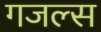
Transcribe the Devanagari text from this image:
गजल्स